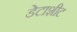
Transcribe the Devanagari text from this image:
डेटाशीट